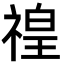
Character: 䄓